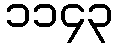
၁၁၄၃